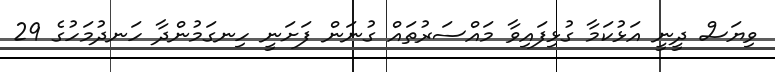
ވިޔަސް ދީނީ އަޅުކަމާ ގުޅިފައިވާ މައްސަރުތައް ގުނަން ފަށަނީ ހިނގަމުންދާ ހަނދުމަހުގެ 29